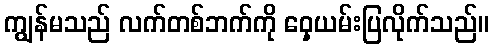
ကျွန်မသည် လက်တစ်ဘက်ကို ဝှေ့ယမ်းပြလိုက်သည်။